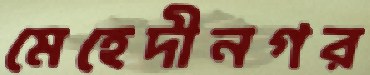
মেহেদীনগর